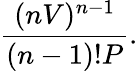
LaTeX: {\frac{(nV)^{n-1}}{(n-1)!P}}.